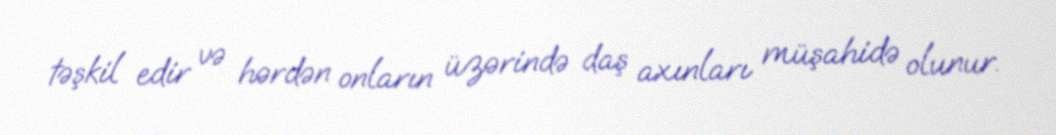
təşkil edir və hərdən onların üzərində daş axınları müşahidə olunur.